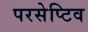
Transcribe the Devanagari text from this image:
परसेप्टिव